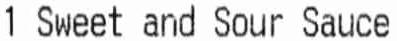
1 SWEET AND SOUR SAUCE